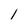
Character: l